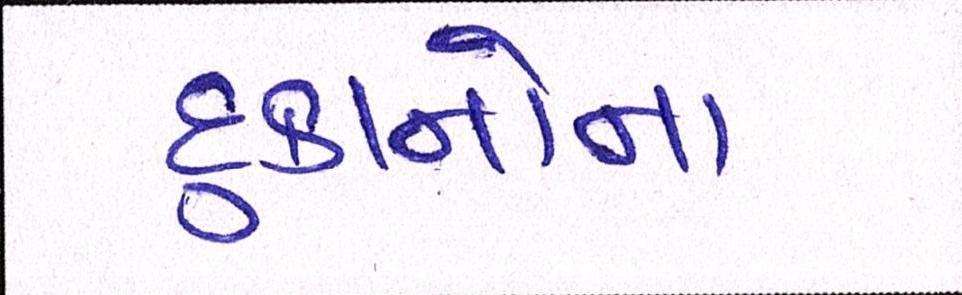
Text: દુકાનોના